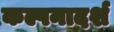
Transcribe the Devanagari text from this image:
कल्पनादर्श